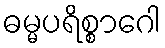
ဓမ္မပရိစ္စာဂေါ